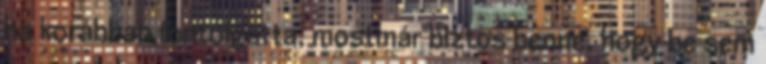
ha korábban fontolgatta, mostmár biztos benne, hogy be sem